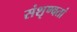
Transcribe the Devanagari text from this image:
संशृण्वतां